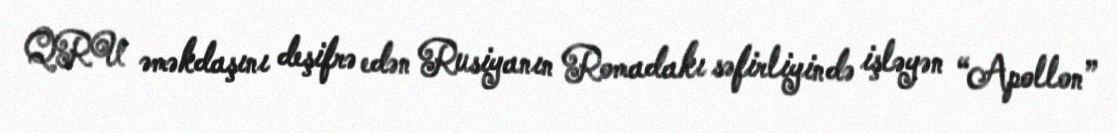
QRU əməkdaşını deşifrə edən Rusiyanın Romadakı səfirliyində işləyən “Apollon”